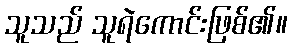
သူသည် သူရဲကောင်းဖြစ်၏။